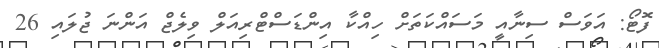
ފޮޓޯ: އަވަސް ސިނާއީ މަސައްކަތަށް ހިއްކާ އިންޑަސްޓްރިއަލް ވިލެޖް އަންނަ ޖުލައި 26